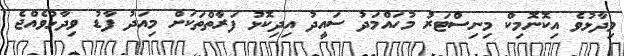
ވިދާޅުވެ އިކޮނޮމިކް މިނިސްޓަރު މުހައްމަދު ސައީދު އިދިކޮޅު ފަރާތްތަކަށް މިއަދު ފާޑު ވިދާޅުވެއްޖެ